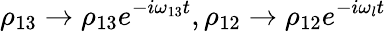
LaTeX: \rho_{13}\rightarrow\rho_{13}e^{-i\omega_{13}t},\rho_{12}\rightarrow\rho_{12}e^{-i\omega_{l}t}